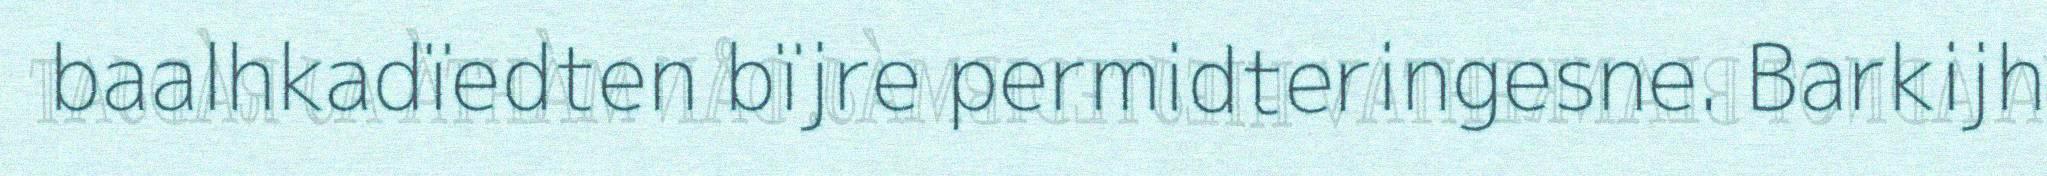
baalhkadïedten bïjre permidteringesne. Barkijh